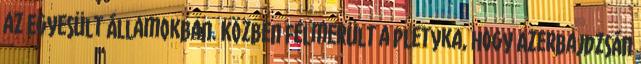
az Egyesült Államokban. Közben felmerült a pletyka, hogy Azerbajdzsán